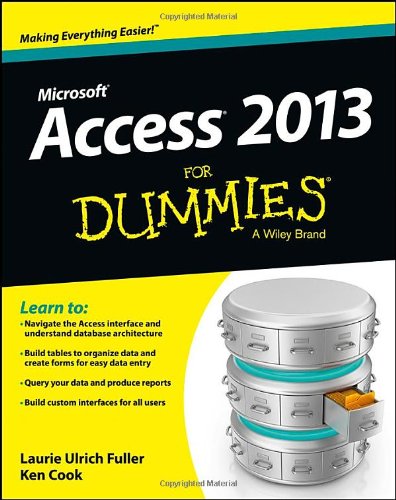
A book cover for Access 2013 For Dummies; Laurie Fuller; Computers & Technology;